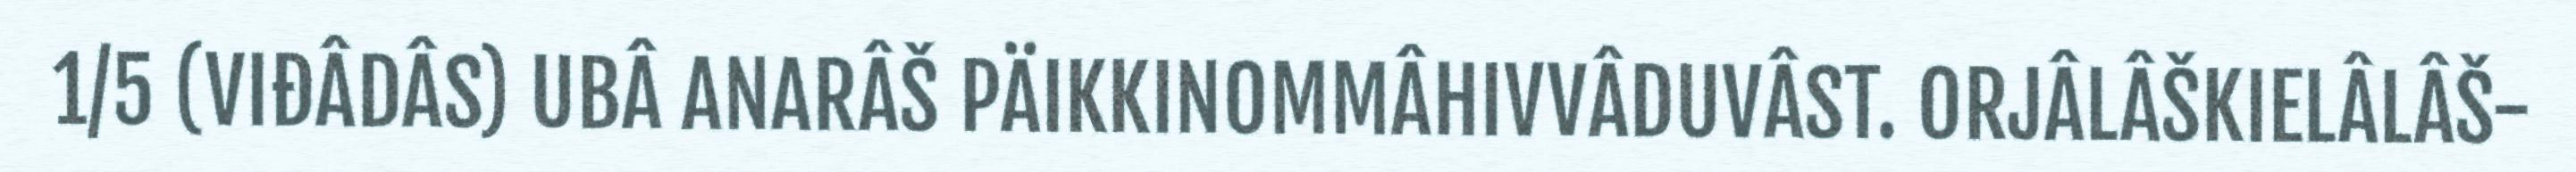
1/5 (VIĐÂDÂS) UBÂ ANARÂŠ PÄIKKINOMMÂHIVVÂDUVÂST. ORJÂLÂŠKIELÂLÂŠ-